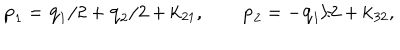
{ \bf p } _ { 1 } = { \bf q } _ { 1 } / 2 + { \bf q } _ { 2 } / 2 + { \bf k } _ { 2 1 } , \qquad { \bf p } _ { 2 } = - { \bf q } _ { 1 } / 2 + { \bf k } _ { 3 2 } ,